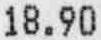
18.90